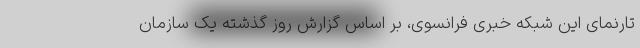
تارنمای این شبکه خبری فرانسوی، بر اساس گزارش روز گذشته یک سازمان